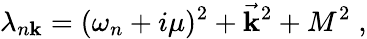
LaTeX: \lambda_{n\mathbf{k}}=(\omega_{n}+i\mu)^{2}+\vec{{\mathbf{k}}}^{2}+M^{2}\; ,